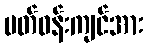
ပတ်ဝန်းကျင်အား